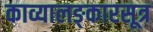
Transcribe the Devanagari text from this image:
काव्यालङ्कारसूत्र